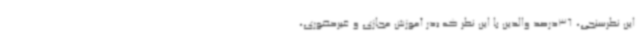
این نظرسنجی، 36درصد والدین با این نظر که «در آموزش مجازی و غیرحضوری،